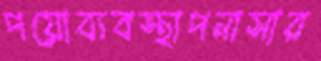
পয়োব্যবস্থাপনাসার